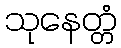
သုနေတ္တံ